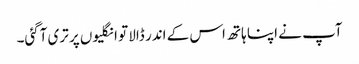
آپ نے اپنا ہاتھ اس کے اندر ڈالا تو انگلیوں پر تری آگئی۔